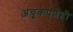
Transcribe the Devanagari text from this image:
अचूकपणेही